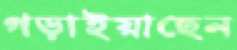
গড়াইয়াছেন